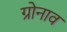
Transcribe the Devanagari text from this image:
ग्रोनाव